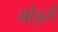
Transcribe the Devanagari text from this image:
मोइसे